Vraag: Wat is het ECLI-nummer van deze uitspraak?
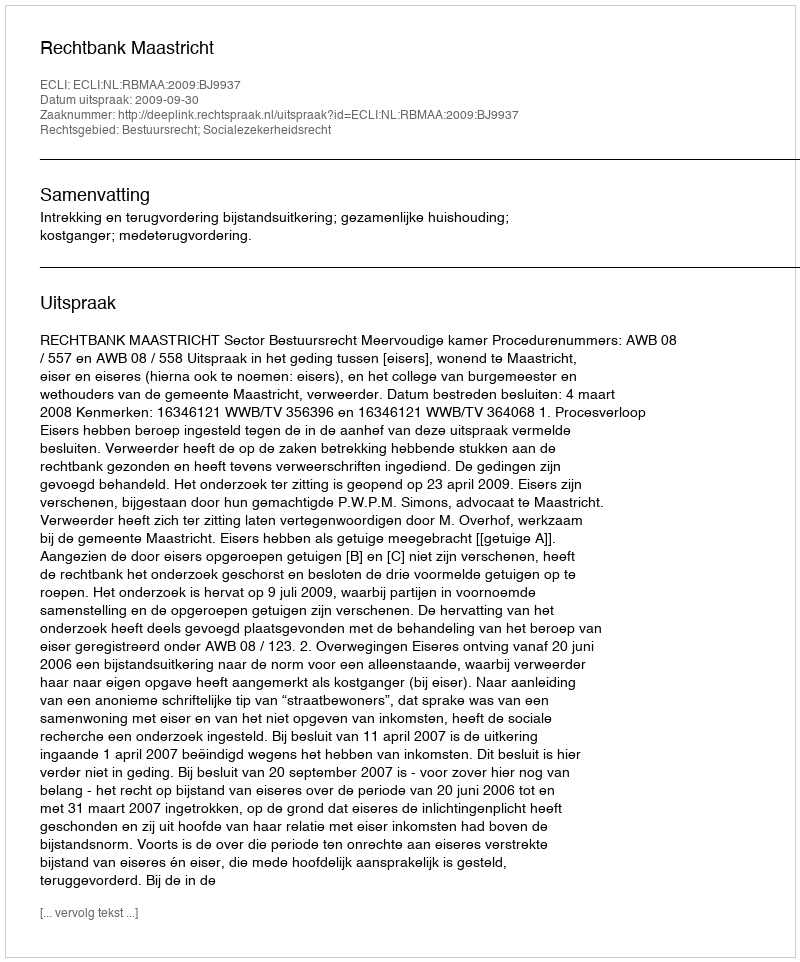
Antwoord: ECLI:NL:RBMAA:2009:BJ9937